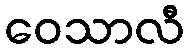
ဝေသာလီ